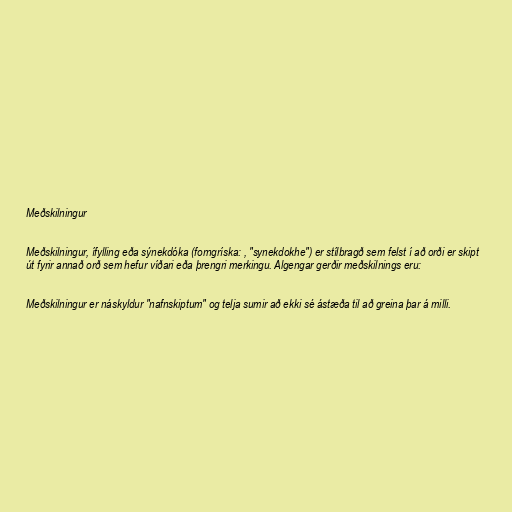
Meðskilningur

Meðskilningur, ífylling eða sýnekdóka (forngríska: , "synekdokhe") er stílbragð sem felst í að orði er skipt
út fyrir annað orð sem hefur víðari eða þrengri merkingu. Algengar gerðir meðskilnings eru:

Meðskilningur er náskyldur "nafnskiptum" og telja sumir að ekki sé ástæða til að greina þar á milli.